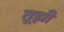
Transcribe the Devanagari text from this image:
तूझी